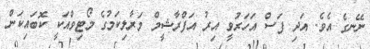
ނޭނގެ އެވެ. އަދި ފަސް އަހަރުވީ އިރު އަފްރާޝީމް މަރާލިކަމުގެ މޯޓިވްއަކީ ކޮބައިކަން